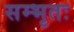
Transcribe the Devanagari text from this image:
सम्भृतः